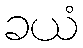
ခယံ